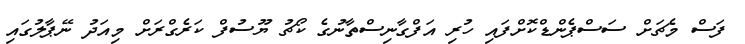
ފަސް މެޗަށް ސަސްޕެންޑްކޮށްފައި ހުރި އަފްގާނިސްތާނުގެ ކޯޗު ޔޫސުފް ކަރެގްރަށް މިއަދު ނޭޕާލުގައި